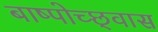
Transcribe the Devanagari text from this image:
बाष्पोच्छ्‌वास